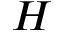
H